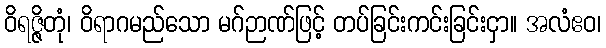
ဝိရဇ္ဇိတုံ၊ ဝိရာဂမည်သော မဂ်ဉာဏ်ဖြင့် တပ်ခြင်းကင်းခြင်းငှာ။ အလံဧဝ၊